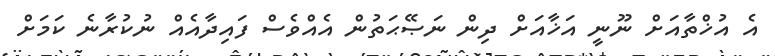
އެ އުޚްތާއަށް ނޫނީ އަޚާއަށް ދިން ނަޞޭޙަތުން އެއްވެސް ފައިދާއެއް ނުކުރާނެ ކަމަށް